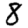
Digit: 8